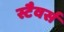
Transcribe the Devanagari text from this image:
स्टैवर्स